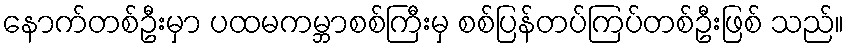
နောက်တစ်ဦးမှာ ပထမကမ္ဘာစစ်ကြီးမှ စစ်ပြန်တပ်ကြပ်တစ်ဦးဖြစ် သည်။